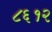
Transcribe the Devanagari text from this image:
८६१२